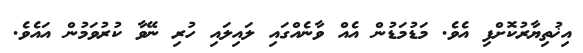
އިޚުތިޔާރުކޮށްފި އެވެ. މަޑުމަޑުން އެއް ވާނެއްގައި ލައިލައި ހުރި ނޭވާ ކުރުވަމުން އައެވެ.